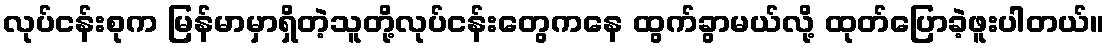
လုပ်ငန်းစုက မြန်မာမှာရှိတဲ့သူတို့လုပ်ငန်းတွေကနေ ထွက်ခွာမယ်လို့ ထုတ်ပြောခဲ့ဖူးပါတယ်။